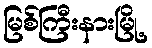
မြစ်ကြီးနားမြို့